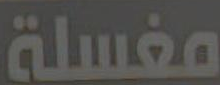
مغسلة